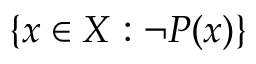
\{ x \in X : \neg P ( x ) \}